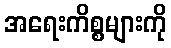
အရေးကိစ္စများကို